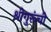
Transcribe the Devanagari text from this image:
श्रीगुरूंची